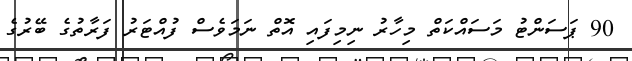
90 ޕަސަންޓު މަސައްކަތް މިހާރު ނިމިފައި އޮތް ނަމަވެސް ފުއްޓަރު ފަރާތުގެ ބޭރުގެ